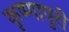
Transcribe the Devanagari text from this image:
कृष्णापुरी